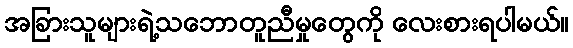
အခြားသူများရဲ့သဘောတူညီမှုတွေကို လေးစားရပါမယ်။